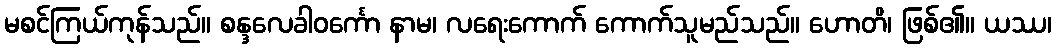
မစင်ကြယ်ကုန်သည်။ စန္ဒလေခါဝင်္ကော နာမ၊ လရေးကောက် ကောက်သူမည်သည်။ ဟောတိ၊ ဖြစ်၏။ ယဿ၊